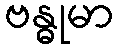
ဗန္ဓုမာ